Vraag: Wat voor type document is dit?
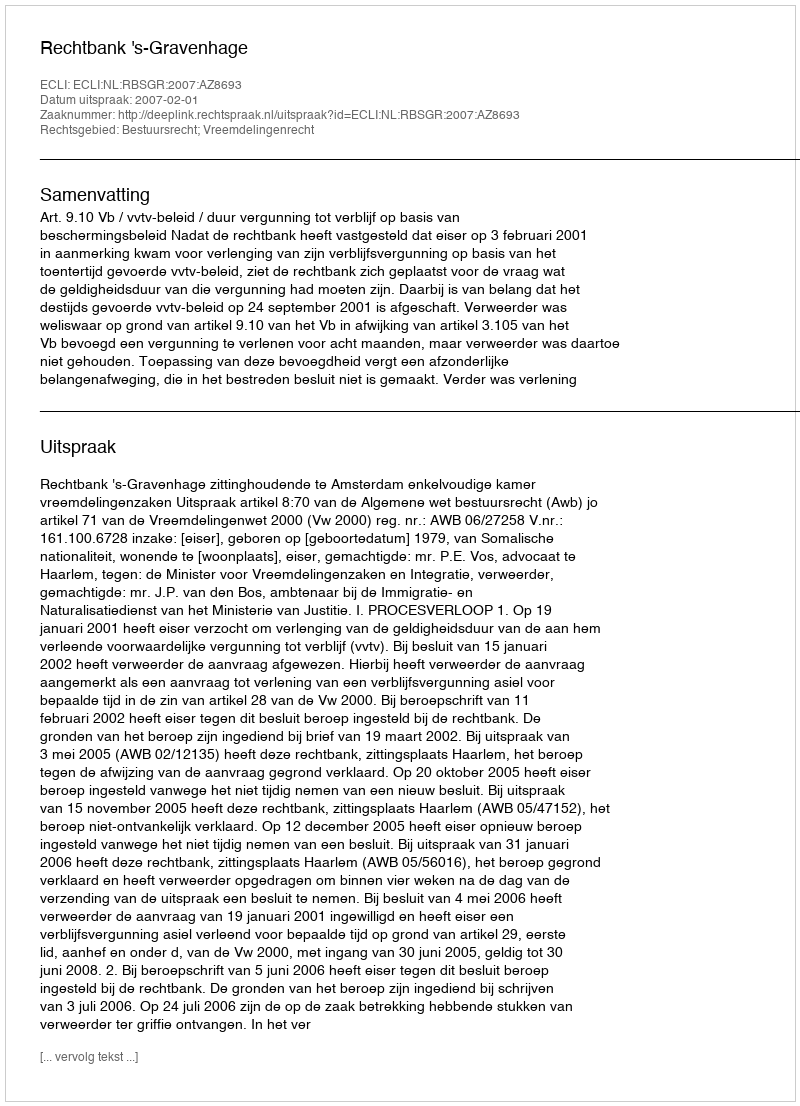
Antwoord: Uitspraak